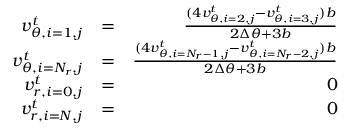
\begin{array} { r l r } { v _ { \theta , i = 1 , j } ^ { t } } & { = } & { \frac { ( 4 v _ { \theta , i = 2 , j } ^ { t } - v _ { \theta , i = 3 , j } ^ { t } ) b } { 2 \Delta \theta + 3 b } } \\ { v _ { \theta , i = N _ { r } , j } ^ { t } } & { = } & { \frac { ( 4 v _ { \theta , i = N _ { r } - 1 , j } ^ { t } - v _ { \theta , i = N _ { r } - 2 , j } ^ { t } ) b } { 2 \Delta \theta + 3 b } } \\ { v _ { r , i = 0 , j } ^ { t } } & { = } & { 0 } \\ { v _ { r , i = N , j } ^ { t } } & { = } & { 0 } \end{array}